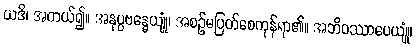
ယဒိ၊ အကယ်၍။ အနုပ္ပဗန္ဓေယျုံ၊ အစဉ်မပြတ်စေကုန်ရာ၏။ အဘိဝဿာပေယျုံ၊